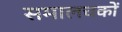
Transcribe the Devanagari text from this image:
समालचकों